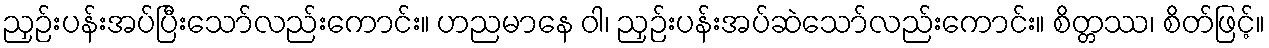
ညှဉ်းပန်းအပ်ပြီးသော်လည်းကောင်း။ ဟညမာနေ ဝါ၊ ညှဉ်းပန်းအပ်ဆဲသော်လည်းကောင်း။ စိတ္တဿ၊ စိတ်ဖြင့်။